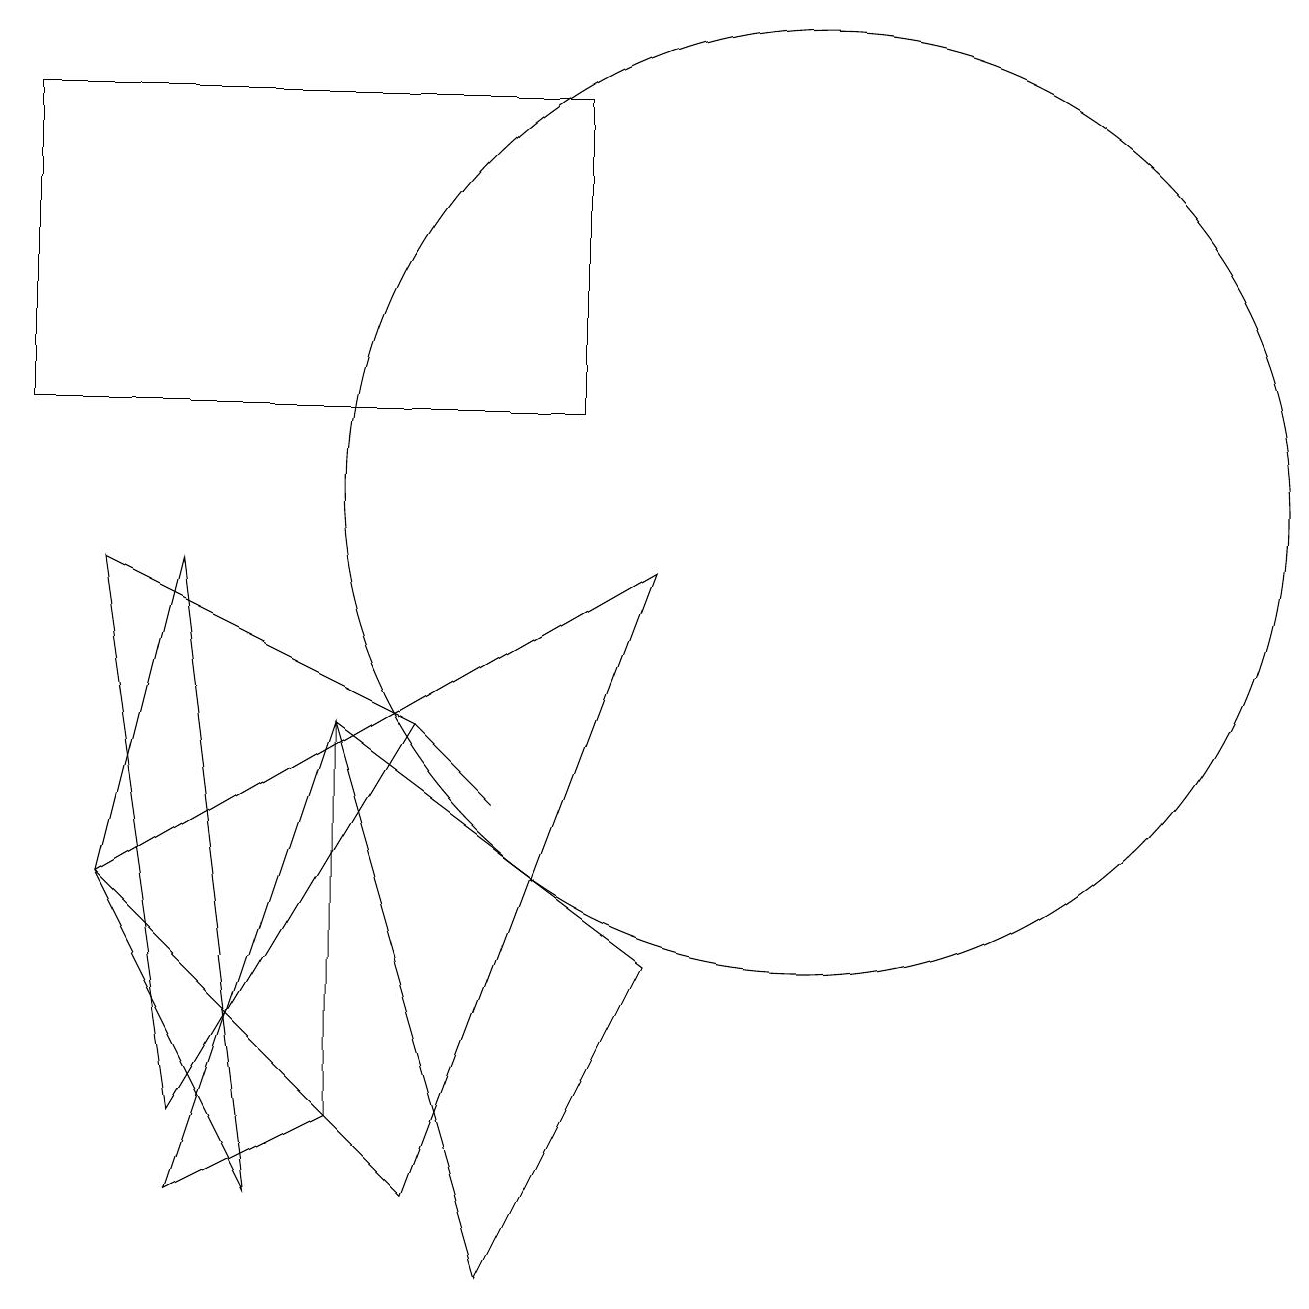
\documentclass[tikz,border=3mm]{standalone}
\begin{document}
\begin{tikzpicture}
\draw (2,2) -- (5,7) -- (1,9) -- cycle;
\draw (8,9) -- (5,1) -- (1,5) -- cycle;
\draw (4,7) -- (6,0) -- (8,4) -- cycle;
\draw (5,7) -- (5,7) -- (6,6) -- cycle;
\draw (10,10) circle (6);
\draw (2,1) -- (4,2) -- (4,7) -- cycle;
\draw (7,15) rectangle (0,11);
\draw (2,9) -- (1,5) -- (3,1) -- cycle;
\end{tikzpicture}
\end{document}